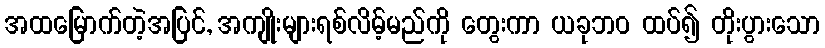
အထမြောက်တဲ့အပြင်, အကျိုးများရစ်လိမ့်မည်ကို တွေးကာ ယခုဘဝ ထပ်၍ တိုးပွားသော